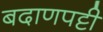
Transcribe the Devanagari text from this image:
बदाणपट्टी